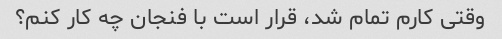
وقتی کارم تمام شد، قرار است با فنجان چه کار کنم؟